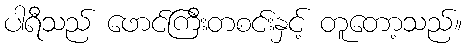
ပါရီသည် ဖောင်ကြီးတစင်းနှင့် တူတော့သည်။